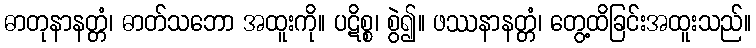
ဓာတုနာနတ္တံ၊ ဓာတ်သဘော အထူးကို။ ပဋိစ္စ၊ စွဲ၍။ ဖဿနာနတ္တံ၊ တွေ့ထိခြင်းအထူးသည်။